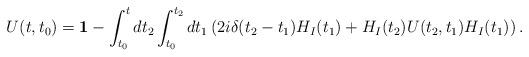
LaTeX: \begin{align*}U(t,t_0)={\bf 1}-\int_{t_0}^t dt_2 \int_{t_0}^{t_{2}}dt_1 \left (2i\delta(t_2-t_1)H_I(t_1)+ H_I(t_2)U(t_2,t_1)H_I(t_1)\right ).\end{align*}